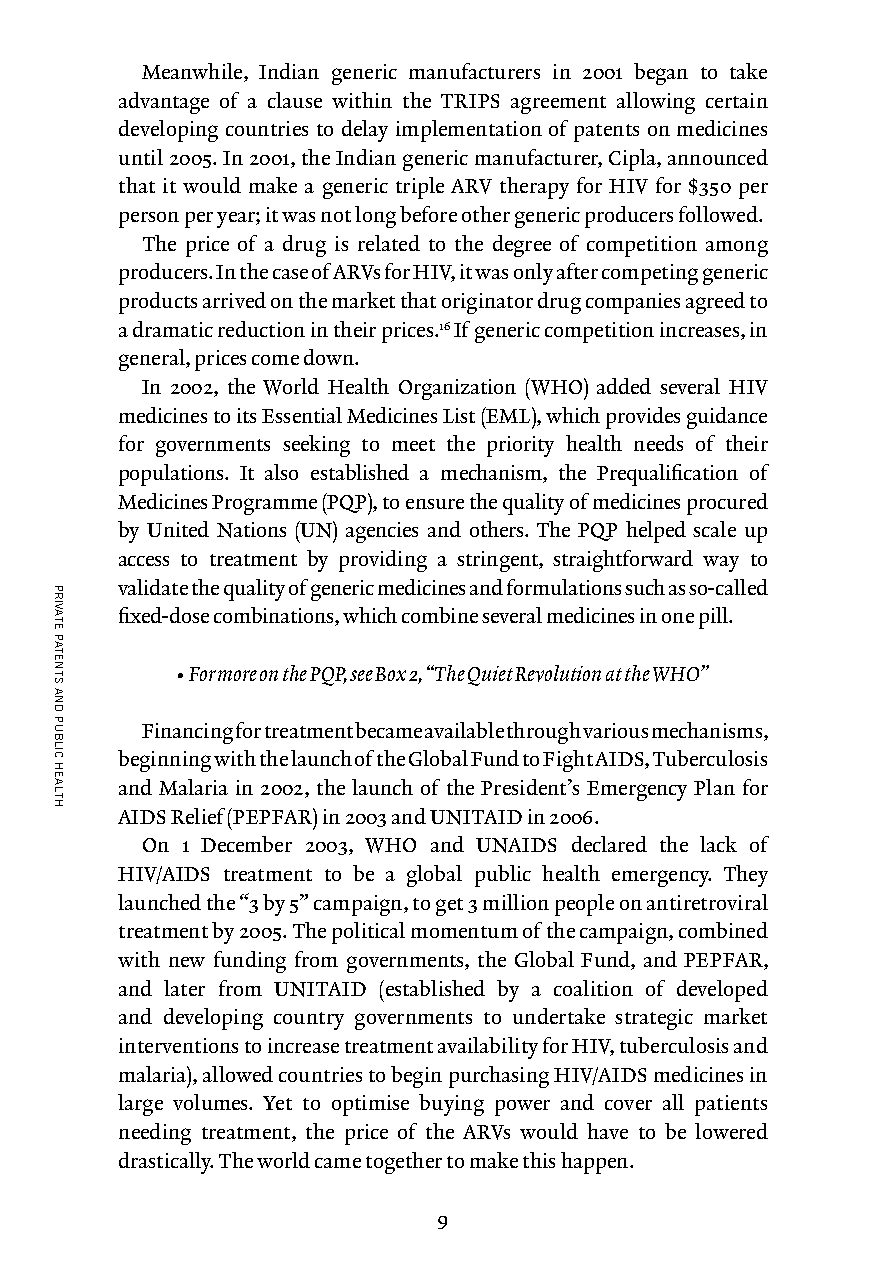
Meanwhile, Indian generic manufacturers in 2001 began to take
 advantage of a clause within the TRIPS agreement allowing certain
 developing countries to delay implementation of patents on medicines
 until 2005. In 2001, the Indian generic manufacturer, Cipla, announced
 that it would make a generic triple ARV therapy for HIV for $350 per
 person per year; it was not long before other generic producers followed.
 The price of a drug is related to the degree of competition among
 producers. In the case of ARVs for HIV, it was only after competing generic
 products arrived on the market that originator drug companies agreed to
 a dramatic reduction in their prices.16 If generic competition increases, in
 general, prices come down.
 In 2002, the World Health Organization (WHO) added several HIV
 medicines to its Essential Medicines List (EML), which provides guidance
 for governments seeking to meet the priority health needs of their
 populations. It also established a mechanism, the Prequalification of
 Medicines Programme (PQP), to ensure the quality of medicines procured
 by United Nations (UN) agencies and others. The PQP helped scale up
 access to treatment by providing a stringent, straightforward way to
 validate the quality of generic medicines and formulations such as so-called
 fixed-dose combinations, which combine several medicines in one pill.
 • For more on the PQP, see Box 2, “The Quiet Revolution at the WHO”
 Financing for treatment became available through various mechanisms,
 beginning with the launch of the Global Fund to Fight AIDS, Tuberculosis
 and Malaria in 2002, the launch of the President’s Emergency Plan for
 AIDS Relief (PEPFAR) in 2003 and UNITAID in 2006.
 On 1 December 2003, WHO and UNAIDS declared the lack of
 HIV/AIDS treatment to be a global public health emergency. They
 launched the “3 by 5” campaign, to get 3 million people on antiretroviral
 treatment by 2005. The political momentum of the campaign, combined
 with new funding from governments, the Global Fund, and PEPFAR,
 and later from UNITAID (established by a coalition of developed
 and developing country governments to undertake strategic market
 interventions to increase treatment availability for HIV, tuberculosis and
 malaria), allowed countries to begin purchasing HIV/AIDS medicines in
 large volumes. Yet to optimise buying power and cover all patients
 needing treatment, the price of the ARVs would have to be lowered
 drastically. The world came together to make this happen.
 9
 PRIVATE
 PATENTS
 AND
 PUBLIC
 HEALTH